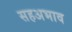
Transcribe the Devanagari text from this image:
सहअभाव